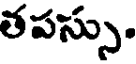
తపస్సు.